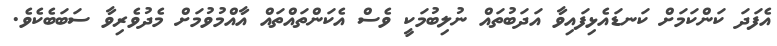
އެފަދަ ކަންކަމަށް ކަނޑައެޅިފައިވާ އަދަބުތައް ނުލިބުމަކީ ވެސް އެކަންތައްތައް އާއްމުވުމަށް މެދުވެރިވާ ސަބަބެކެވެ.